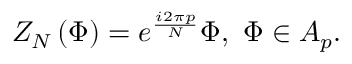
Z _ { N } \left( \Phi \right) = e ^ { \frac { i 2 \pi p } { N } } \Phi , \, \, \Phi \in A _ { p } .